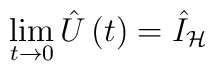
\lim_{t\rightarrow 0}\hat{U}\left( t\right) =\hat{I}_{\mathcal{H}}